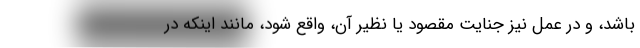
باشد، و در عمل نیز جنایت مقصود یا نظیر آن، واقع شود، مانند اینکه در